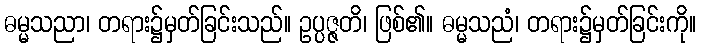
ဓမ္မသညာ၊ တရား၌မှတ်ခြင်းသည်။ ဥပ္ပဇ္ဇတိ၊ ဖြစ်၏။ ဓမ္မသညံ၊ တရား၌မှတ်ခြင်းကို။